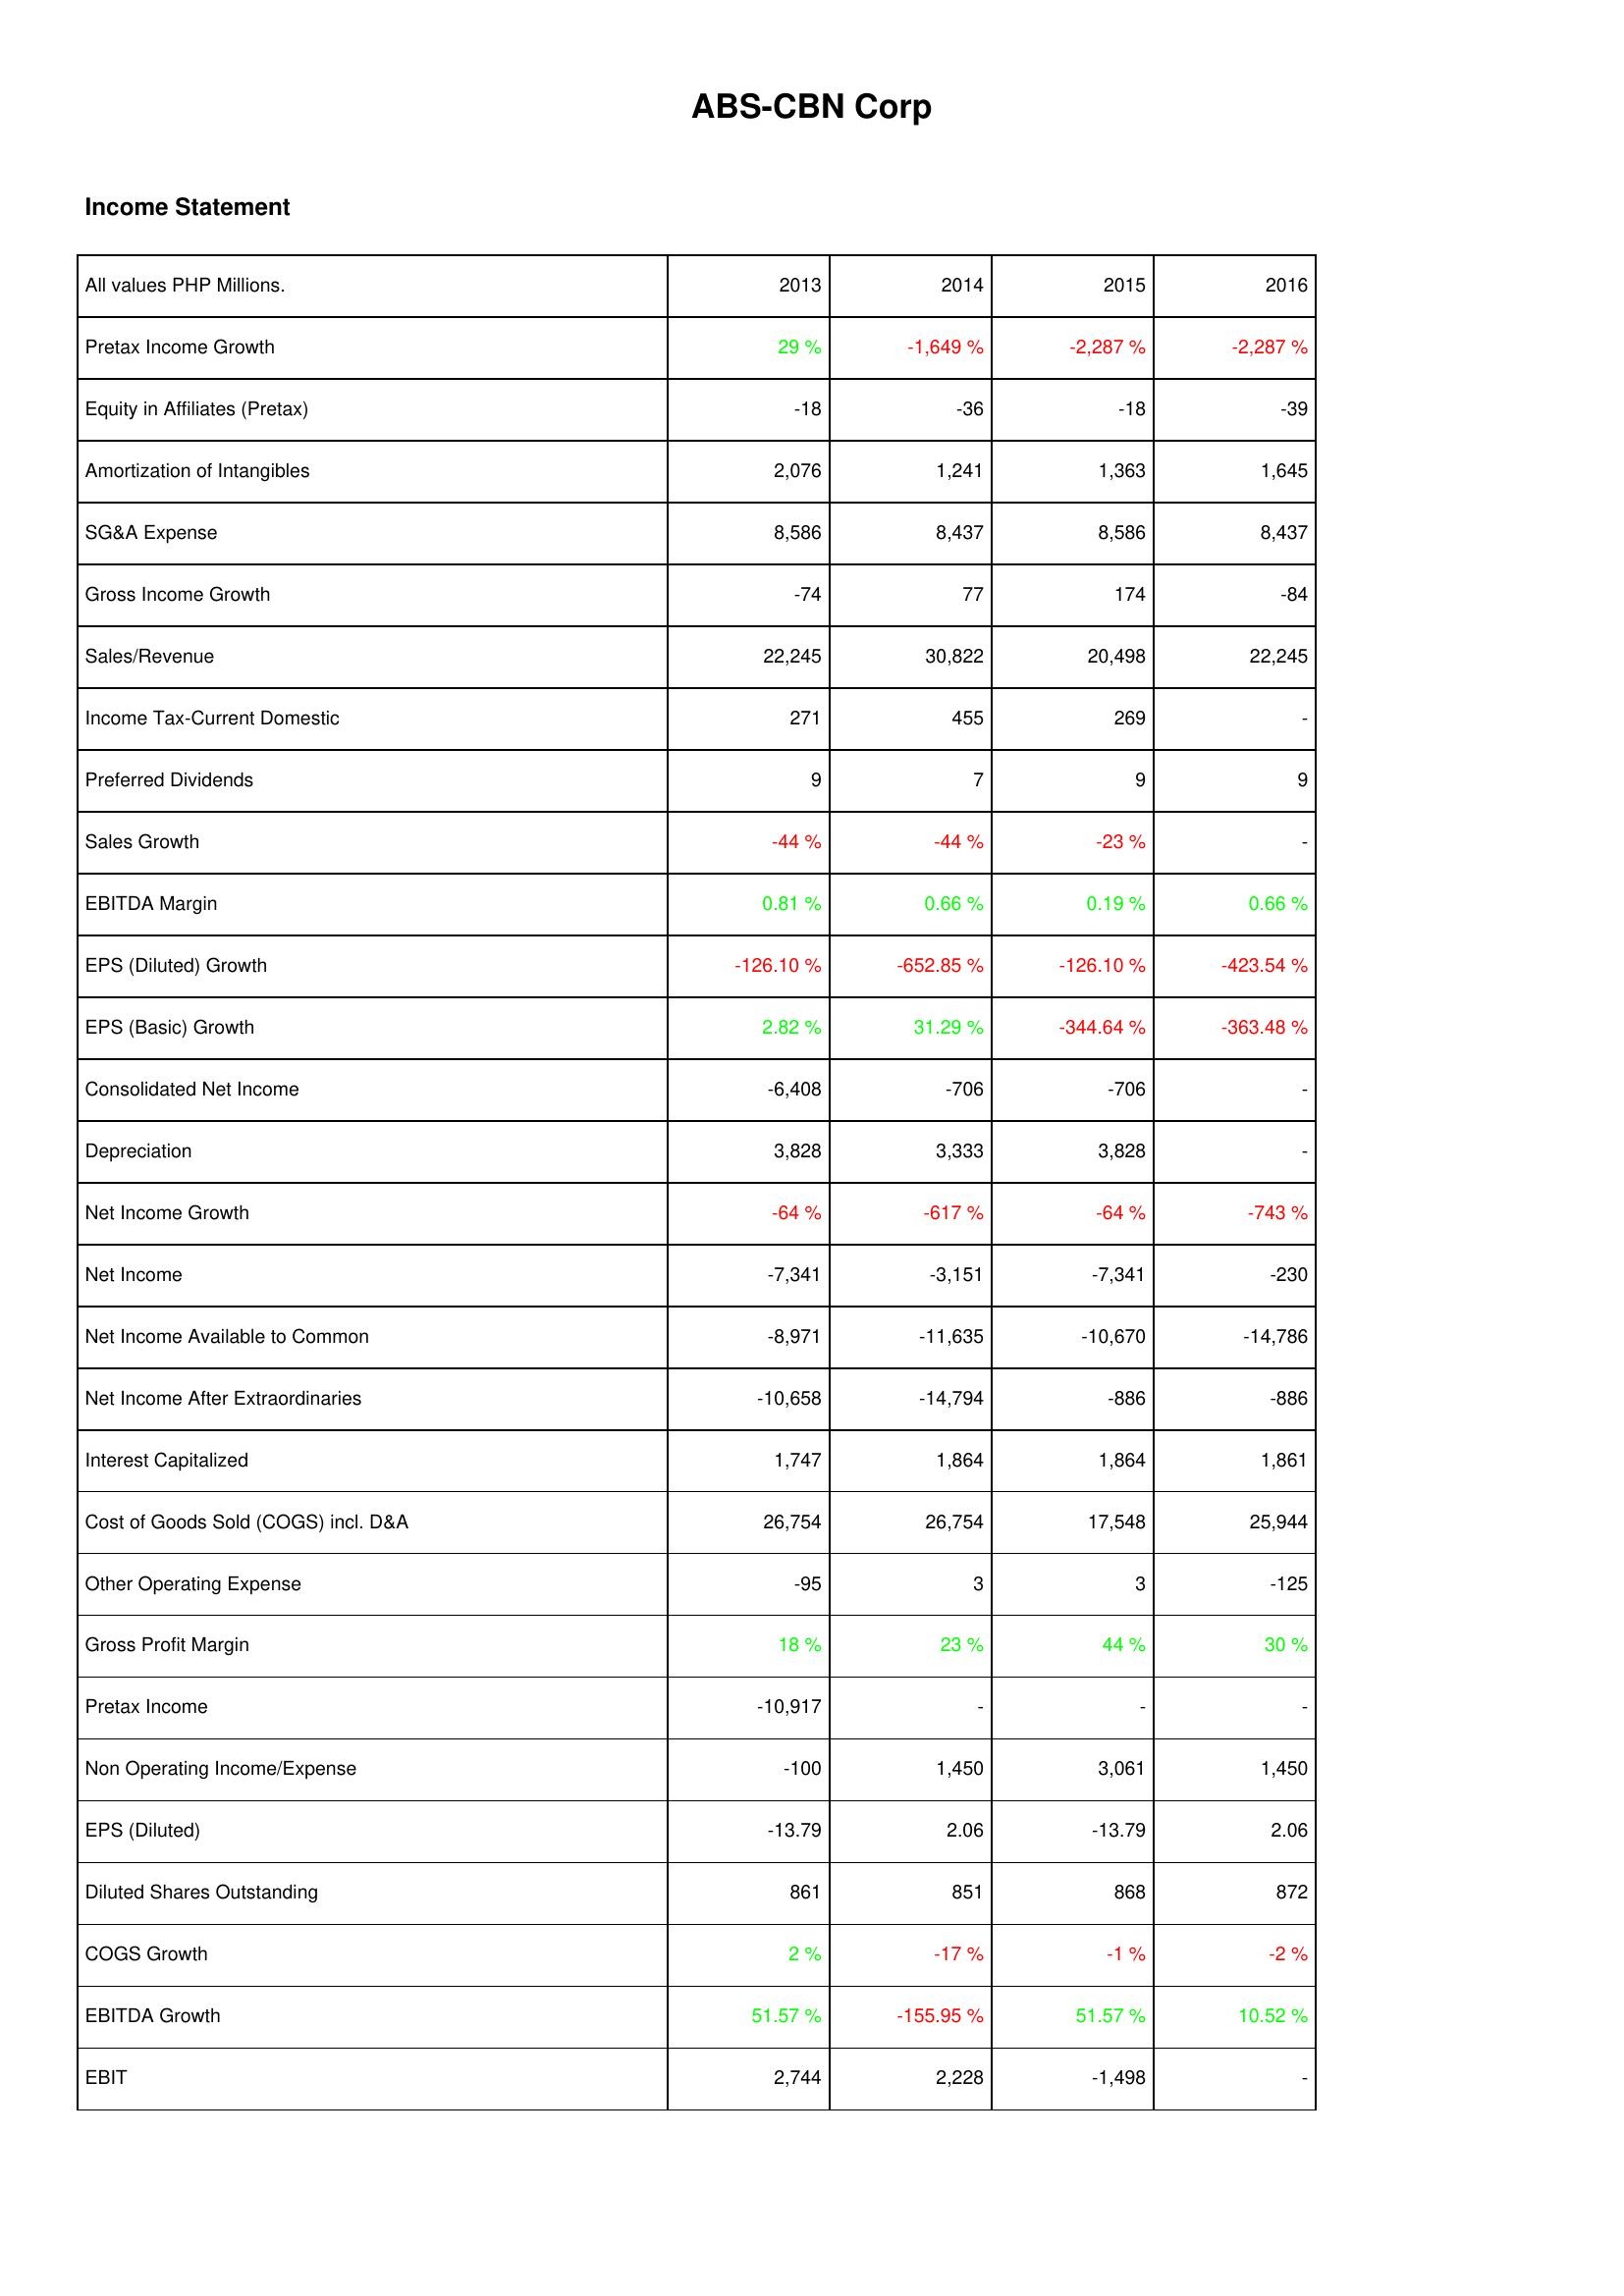
2013: Income Statement: Pretax Income Growth: 29 %
Equity in Affiliates (Pretax): -18
Amortization of Intangibles: 2,076
SG&A Expense: 8,586
Gross Income Growth: -74
Sales/Revenue: 22,245
Income Tax-Current Domestic: 271
Preferred Dividends: 9
Sales Growth: -44 %
EBITDA Margin: 0.81 %
EPS (Diluted) Growth: -126.10 %
EPS (Basic) Growth: 2.82 %
Consolidated Net Income: -6,408
Depreciation: 3,828
Net Income Growth: -64 %
Net Income: -7,341
Net Income Available to Common: -8,971
Net Income After Extraordinaries: -10,658
Interest Capitalized: 1,747
Cost of Goods Sold (COGS) incl. D&A: 26,754
Other Operating Expense: -95
Gross Profit Margin: 18 %
Pretax Income: -10,917
Non Operating Income/Expense: -100
EPS (Diluted): -13.79
Diluted Shares Outstanding: 861
COGS Growth: 2 %
EBITDA Growth: 51.57 %
EBIT: 2,744
2014: Income Statement: Pretax Income Growth: -1,649 %
Equity in Affiliates (Pretax): -36
Amortization of Intangibles: 1,241
SG&A Expense: 8,437
Gross Income Growth: 77
Sales/Revenue: 30,822
Income Tax-Current Domestic: 455
Preferred Dividends: 7
Sales Growth: -44 %
EBITDA Margin: 0.66 %
EPS (Diluted) Growth: -652.85 %
EPS (Basic) Growth: 31.29 %
Consolidated Net Income: -706
Depreciation: 3,333
Net Income Growth: -617 %
Net Income: -3,151
Net Income Available to Common: -11,635
Net Income After Extraordinaries: -14,794
Interest Capitalized: 1,864
Cost of Goods Sold (COGS) incl. D&A: 26,754
Other Operating Expense: 3
Gross Profit Margin: 23 %
Pretax Income: -
Non Operating Income/Expense: 1,450
EPS (Diluted): 2.06
Diluted Shares Outstanding: 851
COGS Growth: -17 %
EBITDA Growth: -155.95 %
EBIT: 2,228
2015: Income Statement: Pretax Income Growth: -2,287 %
Equity in Affiliates (Pretax): -18
Amortization of Intangibles: 1,363
SG&A Expense: 8,586
Gross Income Growth: 174
Sales/Revenue: 20,498
Income Tax-Current Domestic: 269
Preferred Dividends: 9
Sales Growth: -23 %
EBITDA Margin: 0.19 %
EPS (Diluted) Growth: -126.10 %
EPS (Basic) Growth: -344.64 %
Consolidated Net Income: -706
Depreciation: 3,828
Net Income Growth: -64 %
Net Income: -7,341
Net Income Available to Common: -10,670
Net Income After Extraordinaries: -886
Interest Capitalized: 1,864
Cost of Goods Sold (COGS) incl. D&A: 17,548
Other Operating Expense: 3
Gross Profit Margin: 44 %
Pretax Income: -
Non Operating Income/Expense: 3,061
EPS (Diluted): -13.79
Diluted Shares Outstanding: 868
COGS Growth: -1 %
EBITDA Growth: 51.57 %
EBIT: -1,498
2016: Income Statement: Pretax Income Growth: -2,287 %
Equity in Affiliates (Pretax): -39
Amortization of Intangibles: 1,645
SG&A Expense: 8,437
Gross Income Growth: -84
Sales/Revenue: 22,245
Income Tax-Current Domestic: -
Preferred Dividends: 9
Sales Growth: -
EBITDA Margin: 0.66 %
EPS (Diluted) Growth: -423.54 %
EPS (Basic) Growth: -363.48 %
Consolidated Net Income: -
Depreciation: -
Net Income Growth: -743 %
Net Income: -230
Net Income Available to Common: -14,786
Net Income After Extraordinaries: -886
Interest Capitalized: 1,861
Cost of Goods Sold (COGS) incl. D&A: 25,944
Other Operating Expense: -125
Gross Profit Margin: 30 %
Pretax Income: -
Non Operating Income/Expense: 1,450
EPS (Diluted): 2.06
Diluted Shares Outstanding: 872
COGS Growth: -2 %
EBITDA Growth: 10.52 %
EBIT: -